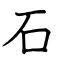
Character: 石